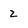
Character: z